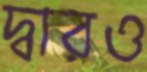
দ্বারও